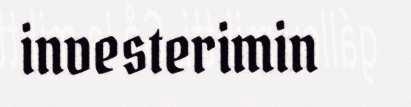
investerimin